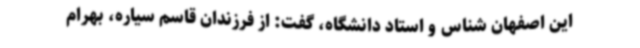
این اصفهان شناس و استاد دانشگاه، گفت: از فرزندان قاسم سیاره، بهرام